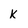
Character: K